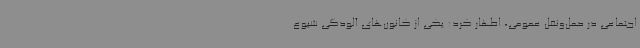
اجتماعی در حمل‌ونقل عمومی، اظهار کرد: یکی از کانون‌های آلودگی شیوع